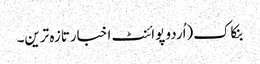
بنکاک(اُردو پوائنٹ اخبارتازہ ترین۔